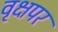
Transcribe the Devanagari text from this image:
वृक्षपर